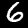
Label: 6